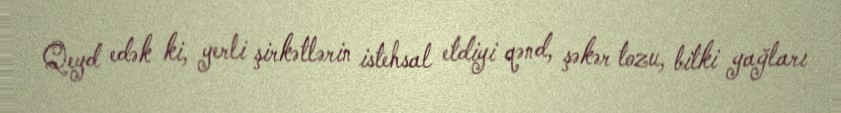
Qeyd edək ki, yerli şirkətlərin istehsal etdiyi qənd, şəkər tozu, bitki yağları